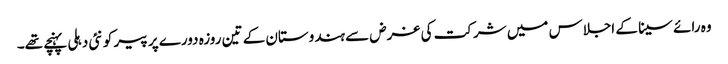
وہ رائے سینا کے اجلاس میں شرکت کی غرض سے ہندوستان کے تین روزہ دورے پر پیر کو نئی دہلی پہنچے تھے۔